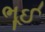
ભૂઈ